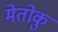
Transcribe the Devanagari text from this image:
मेतोकु